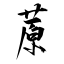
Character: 蒝